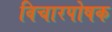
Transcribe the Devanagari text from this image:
विचारपोषक